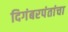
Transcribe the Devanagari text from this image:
दिगंबरपंतांचा